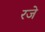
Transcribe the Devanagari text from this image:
रजे